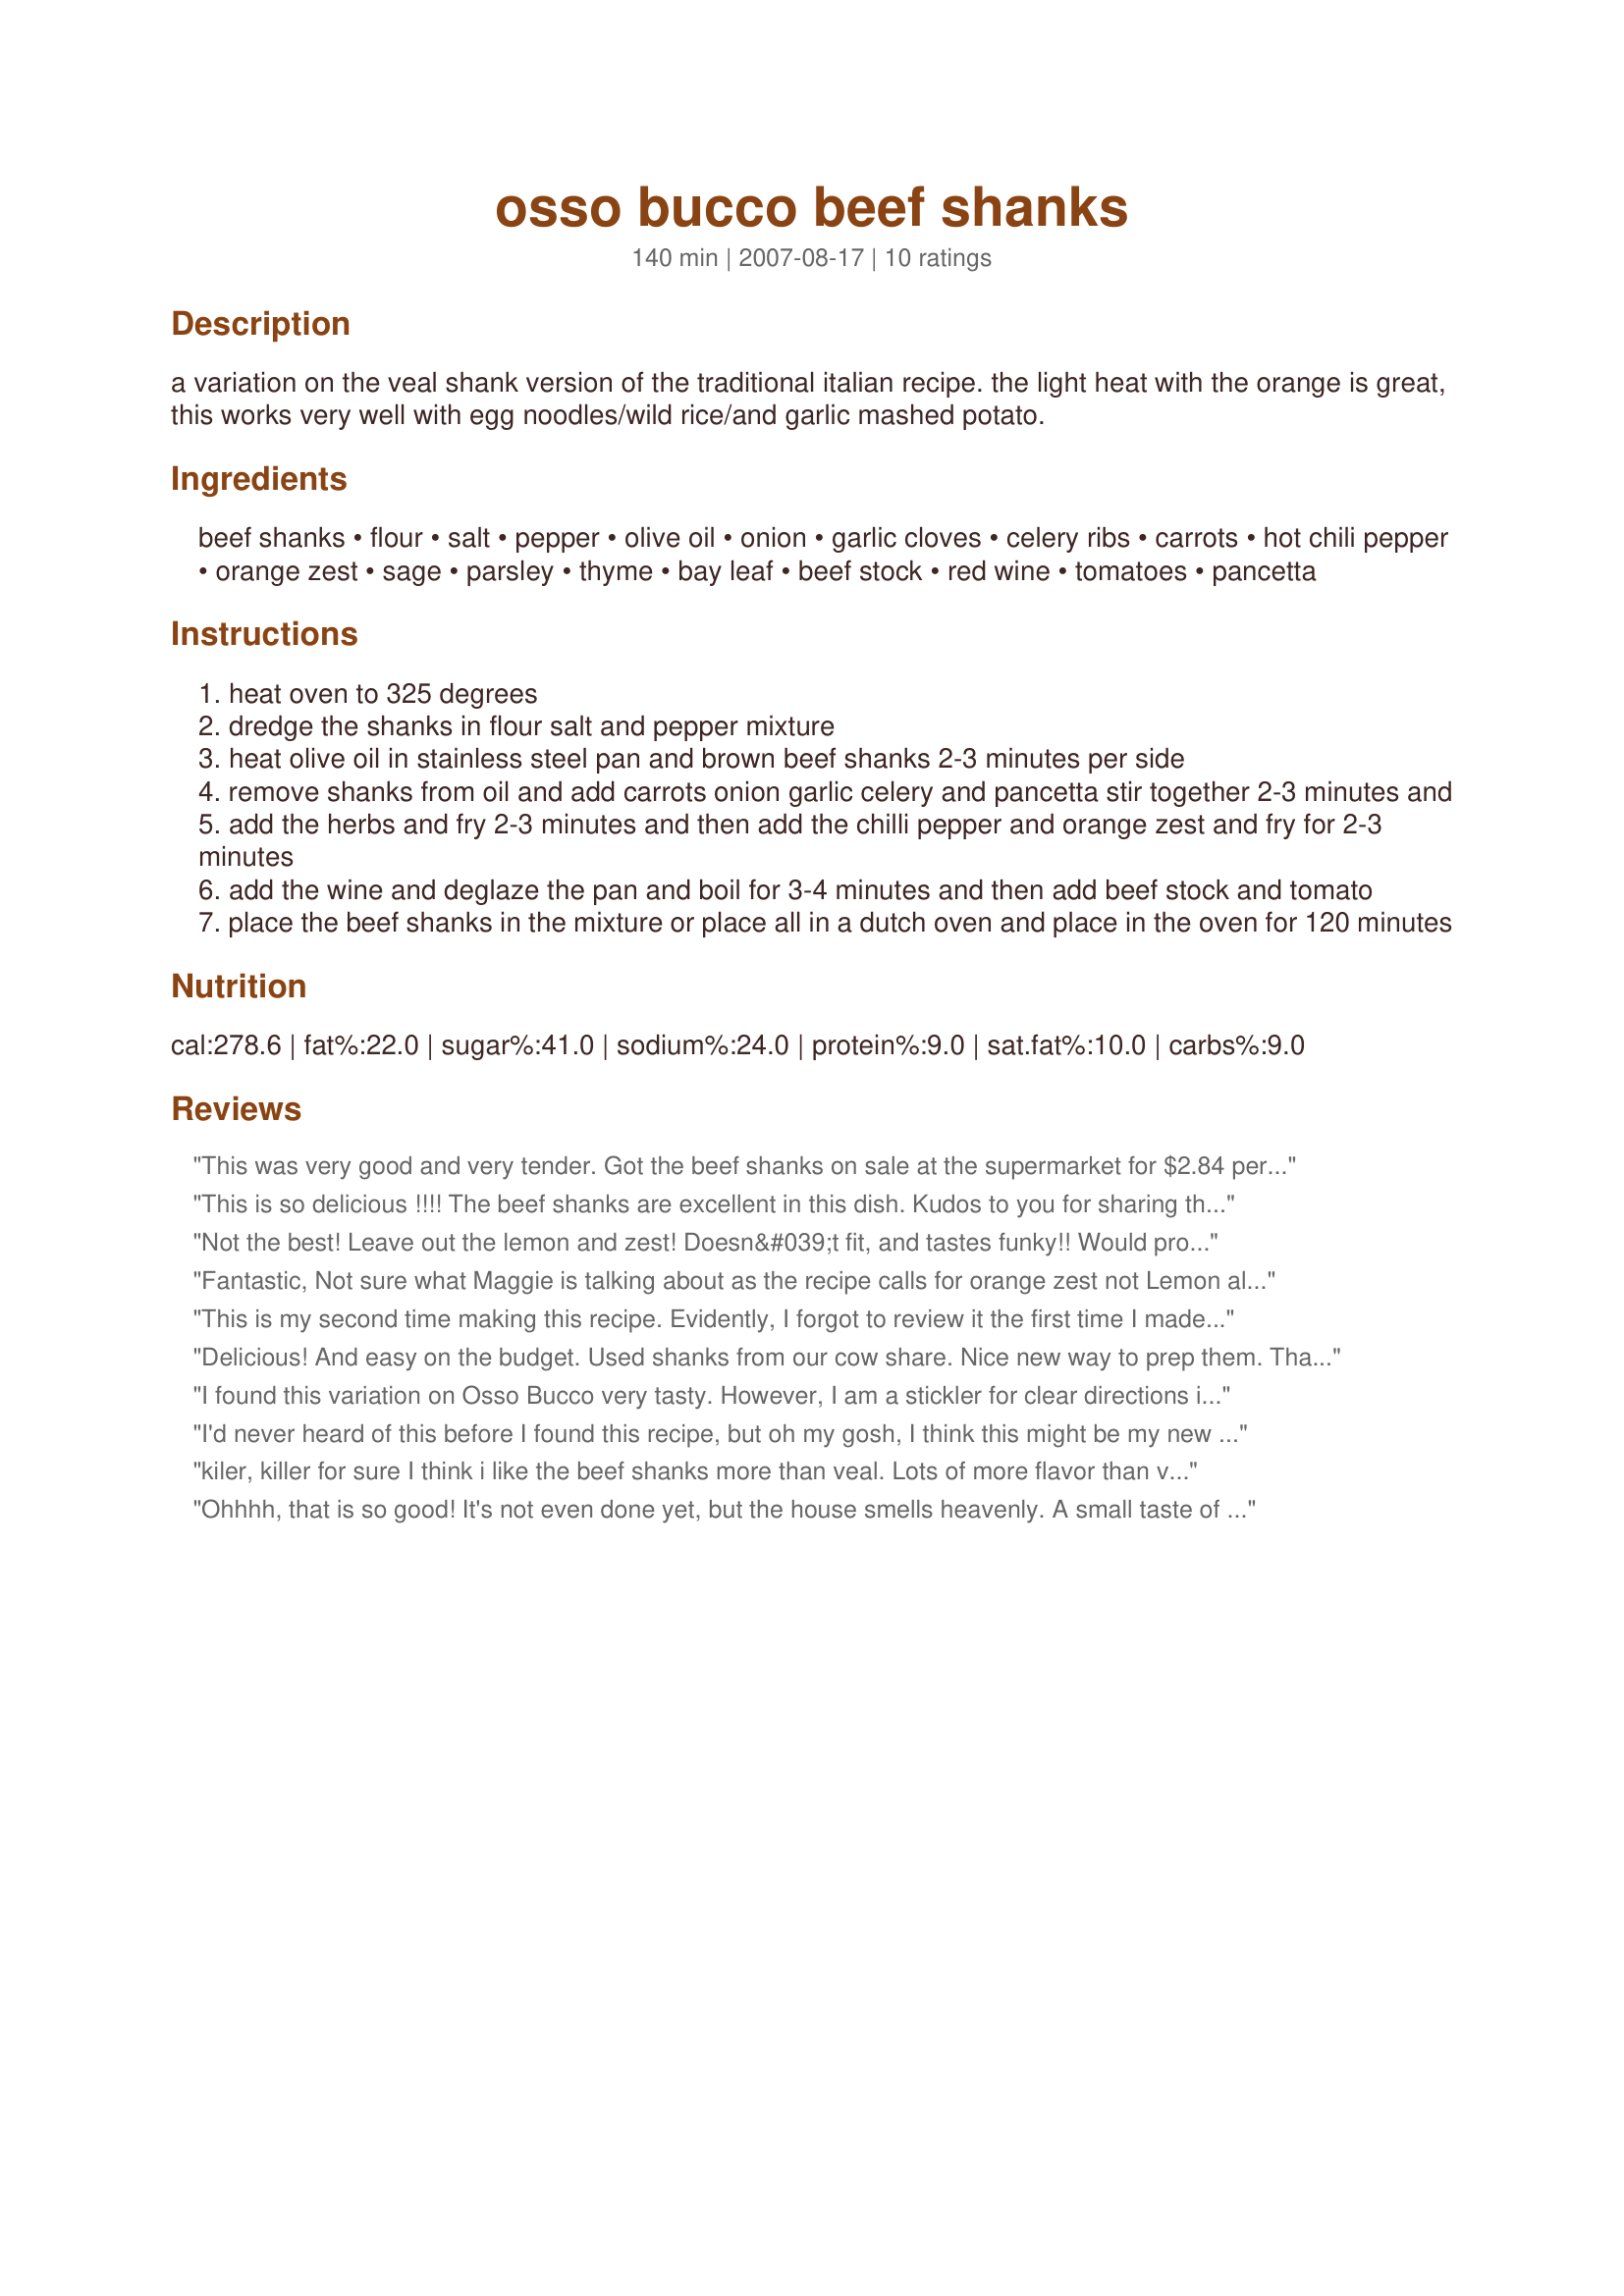
osso bucco beef shanks
Preparation time: 140 minutes

a variation on the veal shank version of the traditional italian recipe. the light heat with the orange is great, this works very well with egg noodles/wild rice/and garlic mashed potato.

Ingredients:
beef shanks, flour, salt, pepper, olive oil, onion, garlic cloves, celery ribs, carrots, hot chili pepper, orange zest, sage, parsley, thyme, bay leaf, beef stock, red wine, tomatoes, pancetta

Steps:
heat oven to 325 degrees
dredge the shanks in flour salt and pepper mixture
heat olive oil in stainless steel pan and brown beef shanks 2-3 minutes per side
remove shanks from oil and add carrots onion garlic celery and pancetta stir together 2-3 minutes and
add the herbs and fry 2-3 minutes and then add the chilli pepper and orange zest and fry for 2-3 minutes
add the wine and deglaze the pan and boil for 3-4 minutes and then add beef stock and tomato
place the beef shanks in the mixture or place all in a dutch oven and place in the oven for 120 minutes

Reviews:
This was very good and very tender. Got the beef shanks on sale at the supermarket for $2.84 per lbs. Veal would have been 3x&#039;s more at the least and it would not have been any better than the beef shanks. Next time I will try with pork shanks, which is our favorite, but harder to find, for some reason.
This is so delicious !!!! The beef shanks are excellent in this dish. Kudos to you for sharing this recipe !!!!!
Not the best! Leave out the lemon and zest! Doesn&#039;t fit, and tastes funky!! Would probably be good without!
Fantastic, Not sure what Maggie is talking about as the recipe calls for orange zest not Lemon also listed as optional. the tenderness of the beef was amazing with the mild heat. did with egg noodles will try Mashed next time.
This is my second time making this recipe. Evidently, I forgot to review it the first time I made it. It is so rich in flavor. I served it with mashed potatoes, which I plan to do again tonight. This was a huge hit with my husband and me. Beef shanks are running around $4.99 to $6.99 a pound around here, so I don't buy them often. I will definitely make it again though. Thank you for sharing your recipe.
Delicious! And easy on the budget. Used shanks from our cow share. Nice new way to prep them. Thanks!
I found this variation on Osso Bucco very tasty. However, I am a stickler for clear directions in recipes and these directions were terrible. If the first thing you are supposed to do is fry the pancetta, it should not be listed at the end of step 4. Also put it first in the list of ingredients. The onion -- if the directions are to be taken literally, we would put a whole onion into the pan. If we are supposed to chop it, should we chop it coarse, medium or fine? Same for the celery and garlic cloves. Are the vegetables meant to be chunky, or cut so fine they disappear in the sauce? I agree with a previous reviewer that orange zest does not belong in this recipe. Lastly, I found 120 minutes was not enough time... for real tenderness you need to cook this for 3 hours. Also, for me, the liquid never thickened even though I dredged the shanks in flour. It was more like Osso Bucco soup. The taste was delicious, but overall this is not a good recipe.
I'd never heard of this before I found this recipe, but oh my gosh, I think this might be my new favourite dinner EVER! It is simply wonderful! The meat is fall apart tender and the sauce is just fantastic. Lovely and rich, I served this with mashed potato and it disappeared super quickly!
kiler, killer for sure
I think i like the beef shanks more than veal. Lots of more flavor than veal and much cheeper fantastic. I used two cans of hunts fire rosted tomatoes in stead of freash toms. great recipe.
Ohhhh, that is so good! It's not even done yet, but the house smells heavenly. A small taste of the veggies/liquid was awesome. I couldn't even wait to serve it before reviewing it. Sure hope I can wait the additional one hour cooking time before I dig in... LOL!
